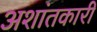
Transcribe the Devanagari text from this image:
अशांतकारी